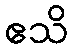
ဧသိ